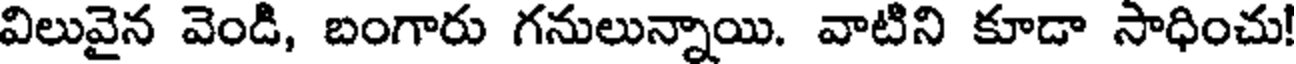
విలువైన వెండి, బంగారు గనులున్నాయి. వాటిని కూడా సాధించు